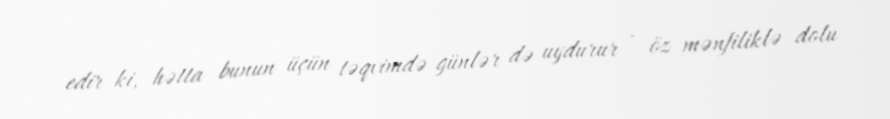
edir ki, hətta bunun üçün təqvimdə günlər də uydurur - öz mənfiliklə dolu